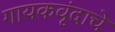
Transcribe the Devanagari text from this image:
गायकवृंदाचे